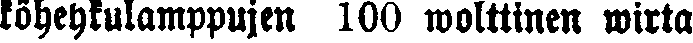
köhehkulamppujen 100 wolttinen wirta